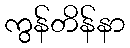
ကွန်တိန်နာ